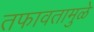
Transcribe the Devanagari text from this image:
तफावतामुळे